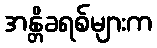
အန္တိခရစ်များက